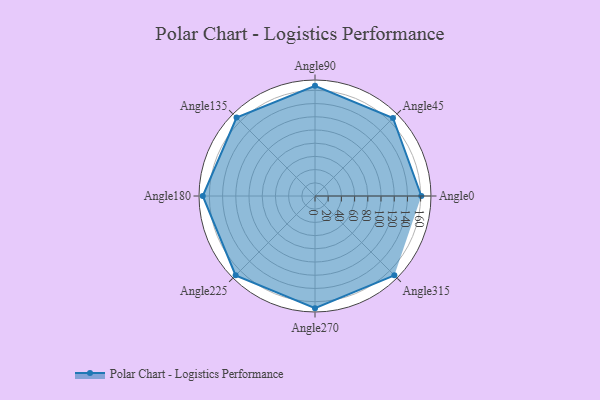
{"axis": {"x": "Angle", "y": "Radius"}, "legend": [""], "data": [{"x": "Angle0", "y": 161.0, "type": ""}, {"x": "Angle45", "y": 167.0, "type": ""}, {"x": "Angle90", "y": 167.0, "type": ""}, {"x": "Angle135", "y": 168.0, "type": ""}, {"x": "Angle180", "y": 170, "type": ""}, {"x": "Angle225", "y": 170, "type": ""}, {"x": "Angle270", "y": 170, "type": ""}, {"x": "Angle315", "y": 170, "type": ""}]}